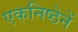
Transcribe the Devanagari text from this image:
एकनिष्ठेनें